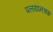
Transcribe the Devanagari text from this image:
पलयानचक्र